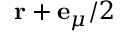
\mathbf { r } + \mathbf { e } _ { \mu } / 2